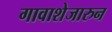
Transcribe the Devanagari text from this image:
गावाशेजारुन